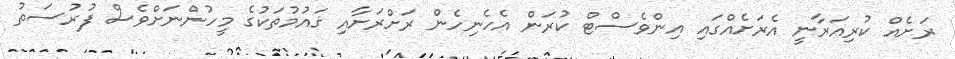
ރަށެއް ކުރިއަރާނީ އެރަށެއްގައި އިންވެސްޓް ކުރަން އެހެނިހެން ރަށްރަށާއި ޤައުމުތަކުގެ މީހުންނަށްވެސް ފުރުސަތު